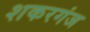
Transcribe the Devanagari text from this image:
शकरगंज